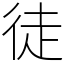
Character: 徒